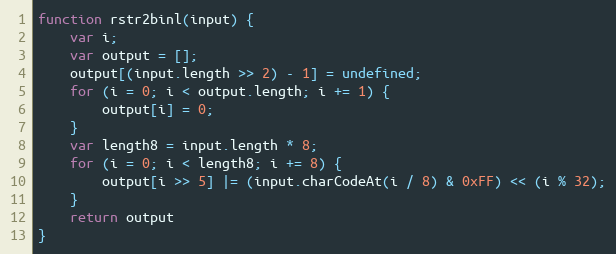
Language: JavaScript
function rstr2binl(input) {
    var i;
    var output = [];
    output[(input.length >> 2) - 1] = undefined;
    for (i = 0; i < output.length; i += 1) {
        output[i] = 0;
    }
    var length8 = input.length * 8;
    for (i = 0; i < length8; i += 8) {
        output[i >> 5] |= (input.charCodeAt(i / 8) & 0xFF) << (i % 32);
    }
    return output
}